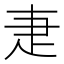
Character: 疌